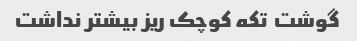
گوشت  تکه کوچک ریز بیشتر نداشت